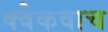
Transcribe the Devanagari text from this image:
क्वैकवाच